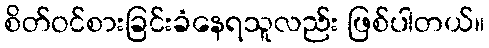
စိတ်ဝင်စားခြင်းခံနေရသူလည်း ဖြစ်ပါတယ်။